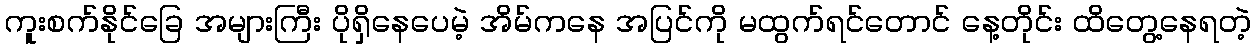
ကူးစက်နိုင်ခြေ အများကြီး ပိုရှိနေပေမဲ့ အိမ်ကနေ အပြင်ကို မထွက်ရင်တောင် နေ့တိုင်း ထိတွေ့နေရတဲ့